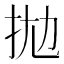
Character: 拋